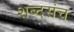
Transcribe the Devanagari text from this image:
शब्दसंच